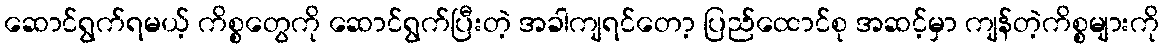
ဆောင်ရွက်ရမယ့် ကိစ္စတွေကို ဆောင်ရွက်ပြီးတဲ့ အခါကျရင်တော့ ပြည်ထောင်စု အဆင့်မှာ ကျန်တဲ့ကိစ္စများကို